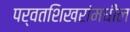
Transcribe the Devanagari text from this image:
पर्वतशिखरांमधील